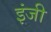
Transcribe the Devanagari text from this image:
इंजी